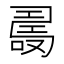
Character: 𠼡